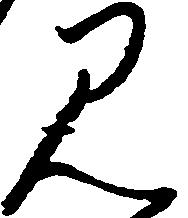
み